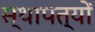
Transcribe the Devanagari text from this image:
स्थापत्यों